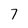
Character: 7